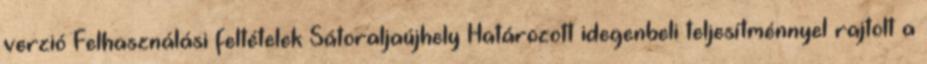
verzió Felhasználási feltételek Sátoraljaújhely Határozott idegenbeli teljesítménnyel rajtolt a